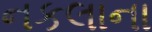
નકલાના